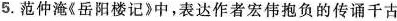
5. 范仲淹《岳阳楼记》中，表达作者宏伟抱负的传诵千古